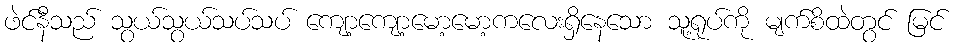
ဖဲင်နီသည် သွယ်သွယ်သပ်သပ် ကျော့ကျော့မော့မော့ကလေးရှိနေသော သူ့ရုပ်ကို မျက်စိထဲတွင် မြင်